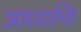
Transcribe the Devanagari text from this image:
आध्याम्कि